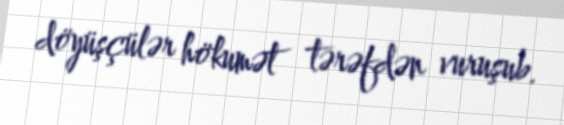
döyüşçülər hökumət tərəfdən vuruşub.